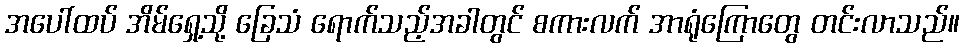
အပေါ်ထပ် အိမ်ရှေ့သို့ ခြေသံ ရောက်သည့်အခါတွင် စကားလက် အာရုံကြောတွေ တင်းလာသည်။